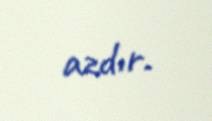
azdır.